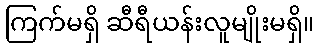
ကြက်မရှိ ဆီရီယန်းလူမျိုးမရှိ။